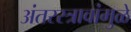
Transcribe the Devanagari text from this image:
अंतरस्त्रावांमुळे